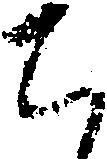
ち